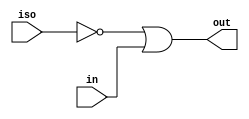
//#############################################################################
//# Function: Isolation (low) buffer for multi supply domains                 #
//#############################################################################
//# Author:   Andreas Olofsson                                                #
//# License:  MIT  (see LICENSE file in OH! repository)                       #
//#############################################################################

module oh_isobuflo
  #(parameter N     = 1,        // width of data inputs
    parameter SYN   = "TRUE",   // true=synthesizable
    parameter TYPE  = "DEFAULT" // scell type/size
    )
   (
    input 	   iso,// active low isolation signal
    input [N-1:0]  in, // input signal
    output [N-1:0] out  // out = ~iso & in
    );

   generate
      if(SYN == "TRUE")	begin
	 assign out[N-1:0] = {(N){~iso}} | in[N-1:0];
      end
      else begin
	 genvar 	     i;
	 for (i=0;i<N;i=i+1) begin
	    asic_isobuflo #(.TYPE(TYPE))
	    asic_isobuflo (.iso(iso),
			   .in(in[i]),
			   .out(out[i]));
	 end
      end
   endgenerate

endmodule